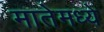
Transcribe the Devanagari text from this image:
मातेमध्ये